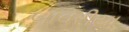
બાવરીયા